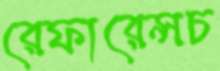
রেফারেন্সচ